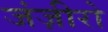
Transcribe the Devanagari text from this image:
जंज़ीरो